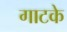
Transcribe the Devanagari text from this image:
गाटके